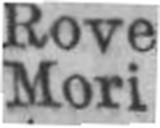
Mori